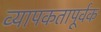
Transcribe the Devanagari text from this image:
व्यापकतापूर्वक